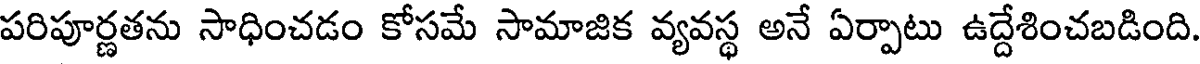
పరిపూర్ణతను సాధించడం కోసమే సామాజిక వ్యవస్థ అనే ఏర్పాటు ఉద్దేశించబడింది